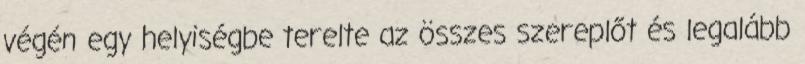
végén egy helyiségbe terelte az összes szereplőt és legalább